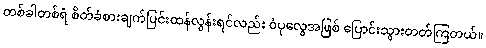
တစ်ခါတစ်ရံ စိတ်ခံစားချက်ပြင်းထန်လွန်းရင်လည်း ဝံပုလွေအဖြစ် ပြောင်းသွားတတ်ကြတယ်။